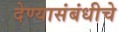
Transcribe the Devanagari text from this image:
देण्यासंबंधीचे